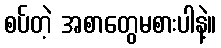
စပ်တဲ့ အစာတွေမစားပါနဲ့။